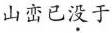
山峦已没于